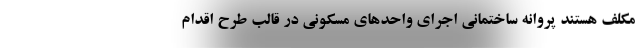
مکلف هستند پروانه ساختمانی اجرای واحدهای مسکونی در قالب طرح اقدام